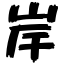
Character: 岸